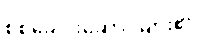
စစ်ခေါင်းဆောင်များ၏